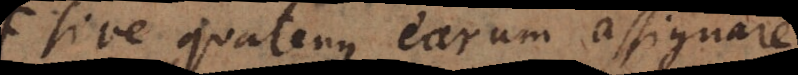
sive quatenus earum assignare